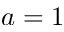
a = 1